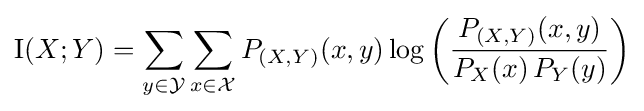
\operatorname {I} (X;Y)=\sum _{y\in {\mathcal {Y}}}\sum _{x\in {\mathcal {X}}}{P_{(X,Y)}(x,y)\log \left({\frac {P_{(X,Y)}(x,y)}{P_{X}(x)\,P_{Y}(y)}}\right)}